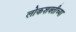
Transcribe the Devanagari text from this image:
लोकशक्तीच्या